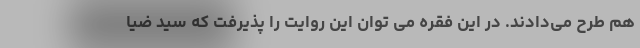
هم طرح می‌دادند. در این فقره می توان این روایت را پذیرفت که سید ضیا